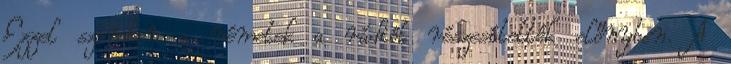
Ezzel szemben a németek a rádiót részesítették előnyben. A